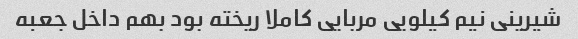
شیرینی نیم کیلویی مربایی کاملا ریخته بود بهم داخل جعبه